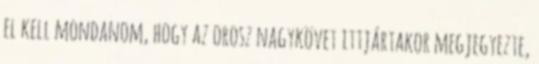
el kell mondanom, hogy az orosz nagykövet ittjártakor megjegyezte,